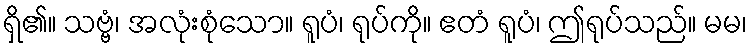
ရှိ၏။ သဗ္ဗံ၊ အလုံးစုံသော။ ရူပံ၊ ရုပ်ကို။ ဧတံ ရူပံ၊ ဤရုပ်သည်။ မမ၊